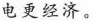
电更经济。